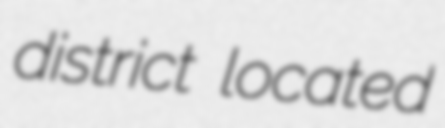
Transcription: district located